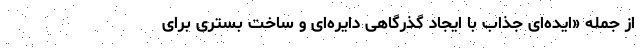
از جمله «ایده‌ای جذاب با ایجاد گذرگاهی دایره‌ای و ساخت بستری برای